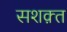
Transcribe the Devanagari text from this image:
सशक़्त